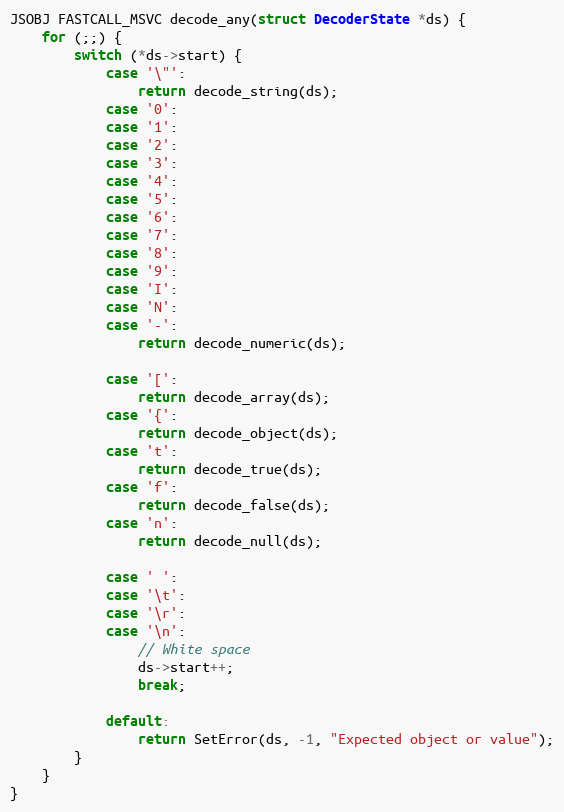
Language: C
JSOBJ FASTCALL_MSVC decode_any(struct DecoderState *ds) {
    for (;;) {
        switch (*ds->start) {
            case '\"':
                return decode_string(ds);
            case '0':
            case '1':
            case '2':
            case '3':
            case '4':
            case '5':
            case '6':
            case '7':
            case '8':
            case '9':
            case 'I':
            case 'N':
            case '-':
                return decode_numeric(ds);

            case '[':
                return decode_array(ds);
            case '{':
                return decode_object(ds);
            case 't':
                return decode_true(ds);
            case 'f':
                return decode_false(ds);
            case 'n':
                return decode_null(ds);

            case ' ':
            case '\t':
            case '\r':
            case '\n':
                // White space
                ds->start++;
                break;

            default:
                return SetError(ds, -1, "Expected object or value");
        }
    }
}